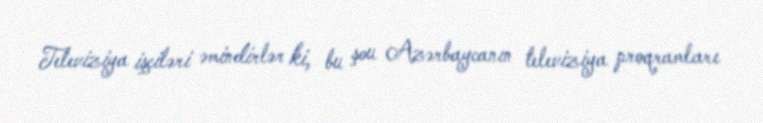
Televiziya işçiləri əmindirlər ki, bu şou Azərbaycanın televiziya proqramları